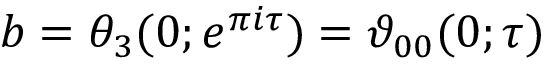
b = \theta _ { 3 } ( 0 ; e ^ { \pi i \tau } ) = \vartheta _ { 0 0 } ( 0 ; \tau )